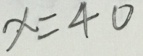
x = 4 0